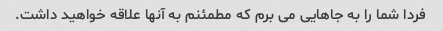
فردا شما را به جاهایی می برم که مطمئنم به آنها علاقه خواهید داشت.